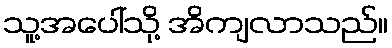
သူ့အပေါ်သို့ အိကျလာသည်။